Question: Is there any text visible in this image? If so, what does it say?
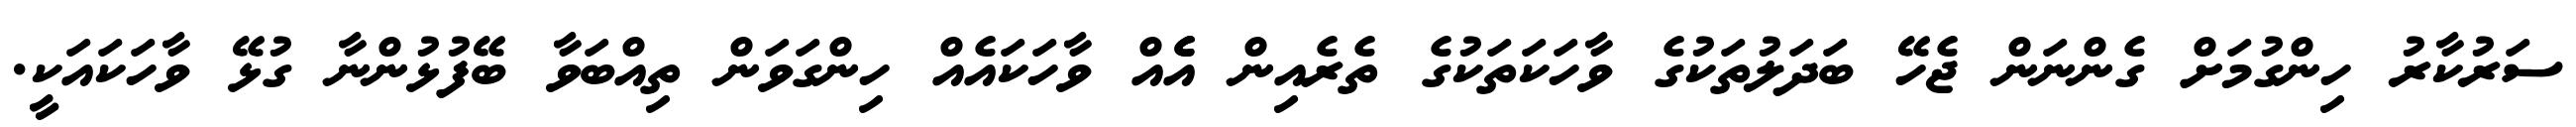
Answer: ސަރުކާރު ހިންގުމަށް ގެންނަން ޖެހޭ ބަދަލުތަކުގެ ވާހަކަތަކުގެ ތެރެއިން އެެއް ވާހަކައެއް ހިންގަވަން ތިއްބަވާ ބޭފުޅުންނާ ގުޅޭ ވާހަކައަކީ.